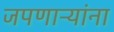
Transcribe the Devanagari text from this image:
जपणाऱ्यांना